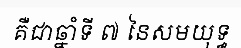
គឺជាឆ្នាំទី ៧ នៃសមយុទ្ធ